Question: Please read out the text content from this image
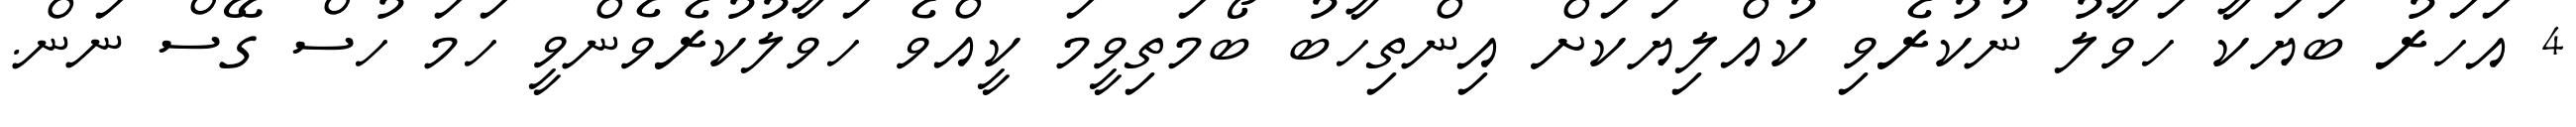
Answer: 4 އަހަރު ބަޔަކާ ހަވާލު ނުކުރެވި ކުއްލިޔަކަށް އިންތިހާބު ބޯމަތިވީމަ ކީއްވެ ހަވާލުކުރެވެންވީ ހަމަ ހުސް ގޭސް ނަން.